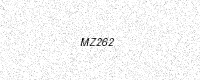
Text: MZ262